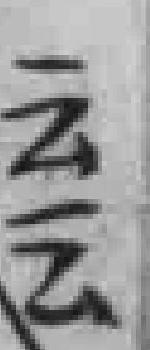
云云